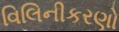
વિલિનીકરણો